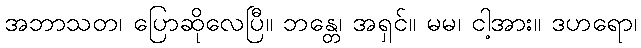
အဘာသတ၊ ပြောဆိုလေပြီ။ ဘန္တေ၊ အရှင်။ မမ၊ ငါ့အား။ ဒဟရော၊